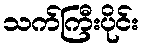
သက်ကြီးပိုင်း